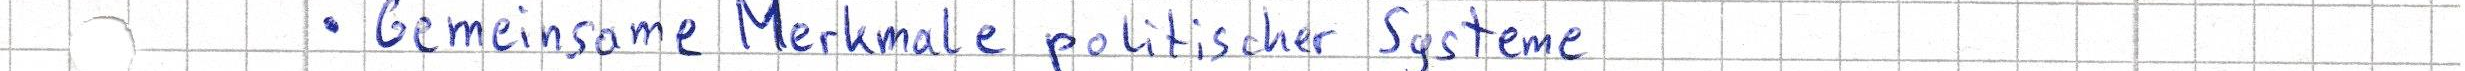
- Gemeinsame Merkmale politischer Systeme